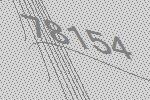
78154